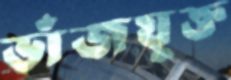
ভাঁজযুক্ত